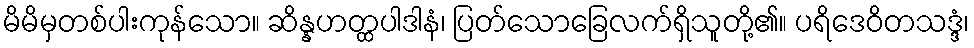
မိမိမှတစ်ပါးကုန်သော။ ဆိန္နဟတ္ထပါဒါနံ၊ ပြတ်သောခြေလက်ရှိသူတို့၏။ ပရိဒေဝိတသဒ္ဒံ၊